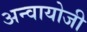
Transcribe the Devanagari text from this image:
अन्वायोजी